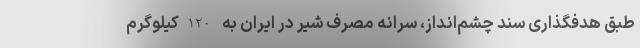
طبق هدفگذاری سند چشم‌انداز، سرانه مصرف شیر در ایران به 120کیلوگرم